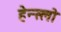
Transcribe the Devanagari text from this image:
हेन्स्लो